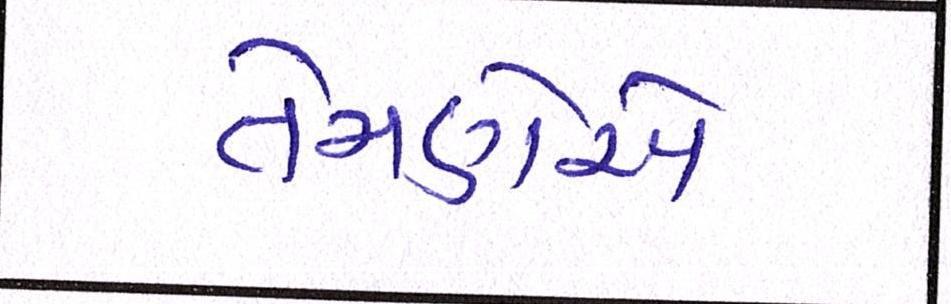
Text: તેમણએ